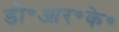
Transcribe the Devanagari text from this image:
डी॰आर॰के॰